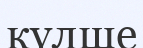
күлше